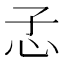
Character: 孞